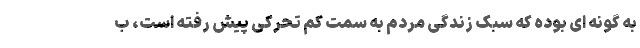
به گونه ای بوده که سبک زندگی مردم به سمت کم تحرکی پیش رفته است، ب